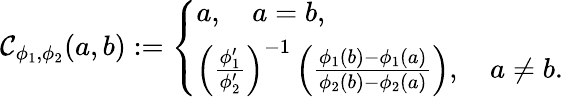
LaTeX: \begin{array}{r}{\mathcal{C}_{\phi_{1},\phi_{2}}(a,b):=\left\{ \begin{array}{ll}{a,\quad a=b,}\\ {\left(\frac{\phi_{1}^{\prime}}{\phi_{2}^{\prime}}\right)^{-1}\left(\frac{\phi_{1}(b)-\phi_{1}(a)}{\phi_{2}(b)-\phi_{2}(a)}\right),\quad a\neq b.}\end{array}\right.}\end{array}